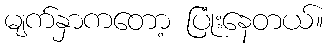
မျက်နှာကတော့ ပြုံးနေတယ်။